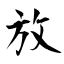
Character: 放